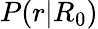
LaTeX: P(r|R_{0})